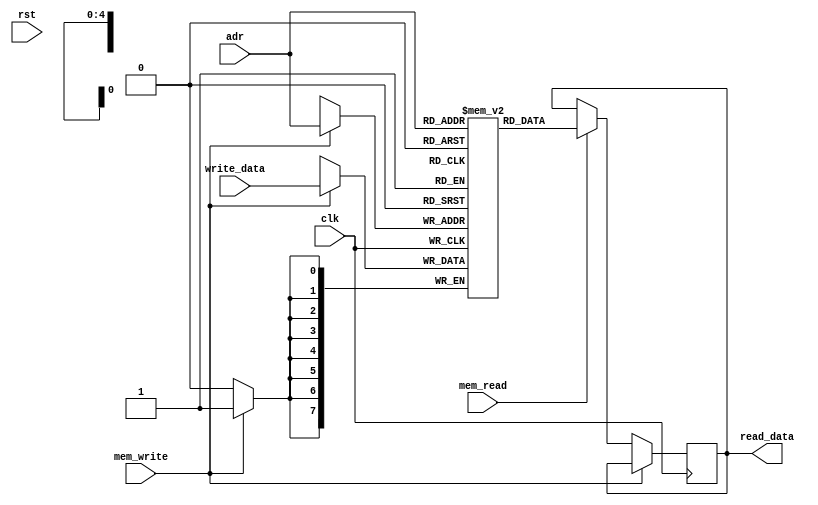
module inst_mem(input clk, rst, mem_read, mem_write, input [7:0] write_data, input[4:0] adr, output reg[7:0] read_data);
	
	reg [7:0] memory [0:31];
	
	initial begin
		memory[15] <= 8'd7;
		memory[16] <= 8'd10;
		memory[17] <= 8'd3;
		memory[18] <= 8'd22;
		memory[22] <= 8'd0;

		memory[0] <= 8'b10010010;
		memory[1] <= 8'b10010000;
		memory[2] <= 8'b000xxxxx;
		
		memory[3] <= 8'b10001111;
		memory[4] <= 8'b10010001;
		memory[5] <= 8'b000xxxxx;

		memory[6] <= 8'b001xxxxx;
		memory[7] <= 8'b10110110;
		/*memory[1] <= 8'b000xxxxx;
		memory[2] <= 8'b001xxxxx;
		memory[3] <= 8'b10010010;
		memory[4] <= 8'b10010001;
		memory[5] <= 8'b011xxxxx;
		memory[6] <= 8'b010xxxxx;
		
		memory[11] <= 8'b10010010;
		memory[12] <= 8'b10010110;
		memory[13] <= 8'b11100000;
		
		
		memory[7] <= 8'b11001011;*/
		
		
	end

	always @(negedge clk) begin
		if (mem_write)
			memory[adr] <= write_data;
		else if (mem_read)
			read_data <= memory[adr];
	end

endmodule